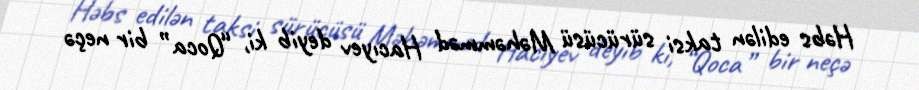
Həbs edilən taksi sürücüsü Məhəmməd Hacıyev deyib ki, “Qoca” bir neçə